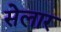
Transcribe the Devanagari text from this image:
सेलार